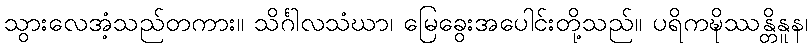
သွားလေအံ့သည်တကား။ သိင်္ဂါလသံဃာ၊ မြေခွေးအပေါင်းတို့သည်။ ပရိကဍ္ဎိဿန္တိနူန၊